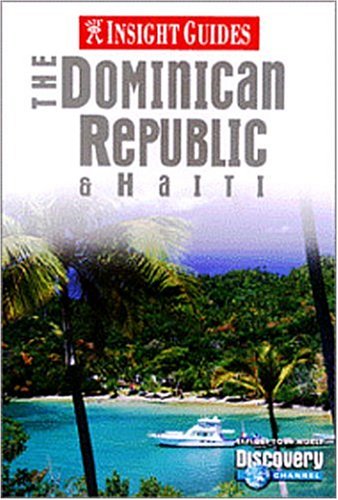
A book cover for Insight Guide: The Dominican Republic & Haiti (1st Ed); Gordon Lesley; Travel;